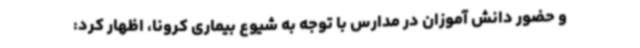
و حضور دانش آموزان در مدارس با توجه به شیوع بیماری کرونا، اظهار کرد: